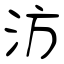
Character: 汸